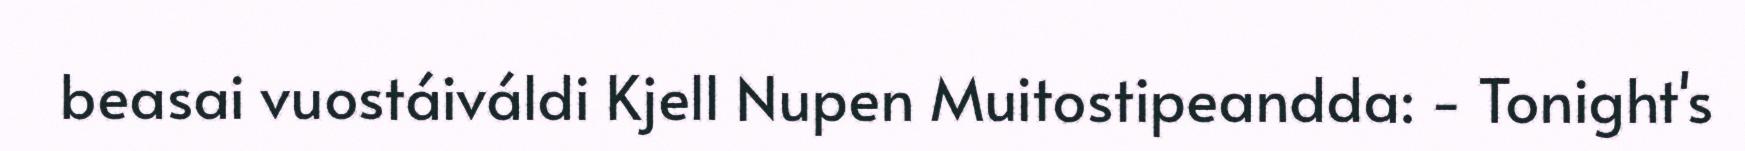
beasai vuostáiváldi Kjell Nupen Muitostipeandda: - Tonight's